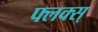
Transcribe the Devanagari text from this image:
फ्लक्स्